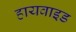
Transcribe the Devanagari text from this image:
हायवाइड